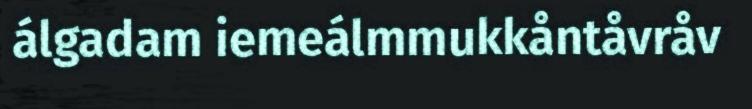
álgadam iemeálmmukkåntåvråv